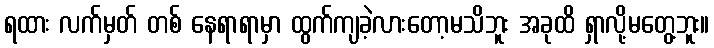
ရထား လက်မှတ် တစ် နေရာရာမှာ ထွက်ကျခဲ့လားတော့မသိဘူး အခုထိ ရှာလို့မတွေ့ဘူး။